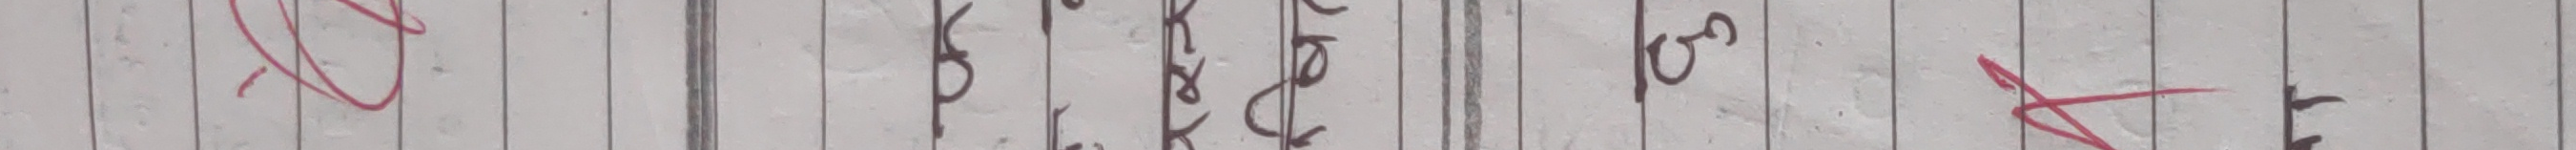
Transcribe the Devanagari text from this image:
कॄ के